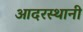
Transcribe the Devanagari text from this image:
आदरस्थानी